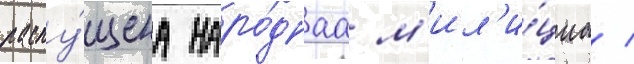
распу́щена наро́днаа м'ил'и́циа /